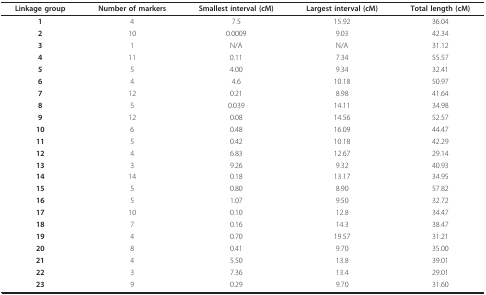
| Linkage group | Number of markers | Smallest interval (cM) | Largest interval (cM) | Total length (cM) |
 | --- | --- | --- | --- | --- |
 | 1 | 4 | 7.5 | 15.92 | 36.04 |
 | 2 | 10 | 0.0009 | 9.03 | 42.34 |
 | 3 | 1 | N/A | N/A | 31.12 |
 | 4 | 11 | 0.11 | 7.34 | 55.57 |
 | 5 | 5 | 4.00 | 9.34 | 32.41 |
 | 6 | 4 | 4.6 | 10.18 | 50.97 |
 | 7 | 12 | 0.21 | 8.98 | 41.64 |
 | 8 | 5 | 0.039 | 14.11 | 34.98 |
 | 9 | 12 | 0.08 | 14.56 | 52.57 |
 | 10 | 6 | 0.48 | 16.09 | 44.47 |
 | 11 | 5 | 0.42 | 10.18 | 42.29 |
 | 12 | 4 | 6.83 | 12.67 | 29.14 |
 | 13 | 3 | 9.26 | 9.32 | 40.93 |
 | 14 | 14 | 0.18 | 13.17 | 34.95 |
 | 15 | 5 | 0.80 | 8.90 | 57.82 |
 | 16 | 5 | 1.07 | 9.50 | 32.72 |
 | 17 | 10 | 0.10 | 12.8 | 34.47 |
 | 18 | 7 | 0.16 | 14.3 | 38.47 |
 | 19 | 4 | 0.70 | 19.57 | 31.21 |
 | 20 | 8 | 0.41 | 9.70 | 35.00 |
 | 21 | 4 | 5.50 | 13.8 | 39.01 |
 | 22 | 3 | 7.36 | 13.4 | 29.01 |
 | 23 | 9 | 0.29 | 9.70 | 31.60 |